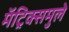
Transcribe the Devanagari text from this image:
मॅट्रिक्समुले